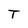
Character: T